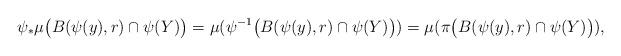
LaTeX: \begin{align*} \psi _* \mu \big( B(\psi(y),r) \cap \psi (Y)\big) = \mu ( \psi^{-1} \big( B(\psi(y),r) \cap \psi (Y)\big) ) = \mu ( \pi \big( B(\psi(y),r) \cap \psi (Y)\big) ), \end{align*}